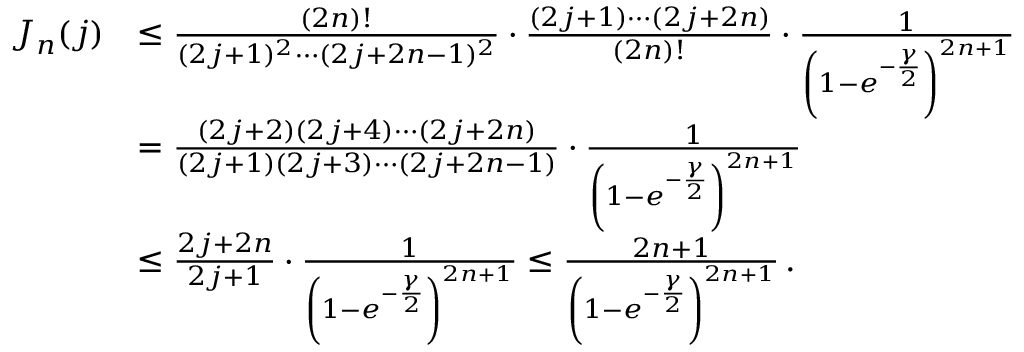
\begin{array} { r l } { J _ { n } ( j ) } & { \le \frac { ( 2 n ) ! } { ( 2 j + 1 ) ^ { 2 } \cdots ( 2 j + 2 n - 1 ) ^ { 2 } } \cdot \frac { ( 2 j + 1 ) \cdots ( 2 j + 2 n ) } { ( 2 n ) ! } \cdot \frac { 1 } { \left( 1 - e ^ { - \frac { \gamma } { 2 } } \right) ^ { 2 n + 1 } } } \\ & { = \frac { ( 2 j + 2 ) ( 2 j + 4 ) \cdots ( 2 j + 2 n ) } { ( 2 j + 1 ) ( 2 j + 3 ) \cdots ( 2 j + 2 n - 1 ) } \cdot \frac { 1 } { \left( 1 - e ^ { - \frac { \gamma } { 2 } } \right) ^ { 2 n + 1 } } } \\ & { \le \frac { 2 j + 2 n } { 2 j + 1 } \cdot \frac { 1 } { \left( 1 - e ^ { - \frac { \gamma } { 2 } } \right) ^ { 2 n + 1 } } \le \frac { 2 n + 1 } { \left( 1 - e ^ { - \frac { \gamma } { 2 } } \right) ^ { 2 n + 1 } } \, . } \end{array}